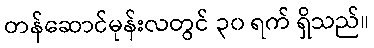
တန်ဆောင်မုန်းလတွင် ၃၀ ရက် ရှိသည်။